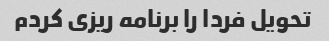
تحویل فردا را برنامه ریزی کردم